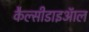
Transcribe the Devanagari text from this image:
कैल्सीडाइऑल